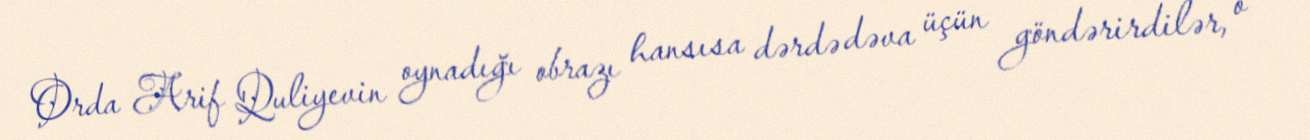
Orda Arif Quliyevin oynadığı obrazı hansısa dərdə dəva üçün göndərirdilər, o